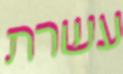
עשרת